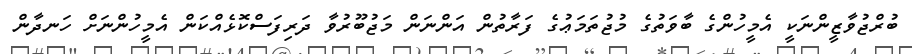
ބުރްޖުވާޒީންނަކީ އެމީހުންގެ ބާވަތުގެ މުޖުތަމަޢުގެ ފަރާތުން އަންނަން މަޖުބޫރުވާ ދަރިފަސްކޮޅެއްކަން އެމީހުންނަށް ހަނދާން